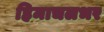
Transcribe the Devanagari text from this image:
हिमाचलभर